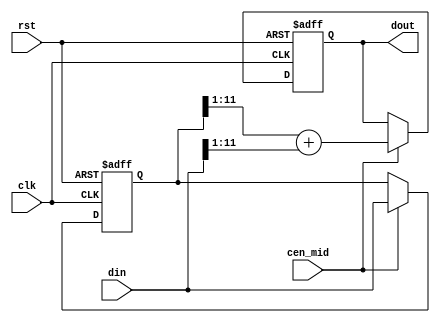
/*
  
   Multicore 2 / Multicore 2+
  
   Copyright (c) 2017-2020 - Victor Trucco

  
   All rights reserved
  
   Redistribution and use in source and synthezised forms, with or without
   modification, are permitted provided that the following conditions are met:
  
   Redistributions of source code must retain the above copyright notice,
   this list of conditions and the following disclaimer.
  
   Redistributions in synthesized form must reproduce the above copyright
   notice, this list of conditions and the following disclaimer in the
   documentation and/or other materials provided with the distribution.
  
   Neither the name of the author nor the names of other contributors may
   be used to endorse or promote products derived from this software without
   specific prior written permission.
  
   THIS CODE IS PROVIDED BY THE COPYRIGHT HOLDERS AND CONTRIBUTORS "AS IS"
   AND ANY EXPRESS OR IMPLIED WARRANTIES, INCLUDING, BUT NOT LIMITED TO,
   THE IMPLIED WARRANTIES OF MERCHANTABILITY AND FITNESS FOR A PARTICULAR
   PURPOSE ARE DISCLAIMED. IN NO EVENT SHALL THE AUTHOR OR CONTRIBUTORS BE
   LIABLE FOR ANY DIRECT, INDIRECT, INCIDENTAL, SPECIAL, EXEMPLARY, OR
   CONSEQUENTIAL DAMAGES (INCLUDING, BUT NOT LIMITED TO, PROCUREMENT OF
   SUBSTITUTE GOODS OR SERVICES; LOSS OF USE, DATA, OR PROFITS; OR BUSINESS
   INTERRUPTION) HOWEVER CAUSED AND ON ANY THEORY OF LIABILITY, WHETHER IN
   CONTRACT, STRICT LIABILITY, OR TORT (INCLUDING NEGLIGENCE OR OTHERWISE)
   ARISING IN ANY WAY OUT OF THE USE OF THIS SOFTWARE, EVEN IF ADVISED OF THE
   POSSIBILITY OF SUCH DAMAGE.
  
   You are responsible for any legal issues arising from your use of this code.
  
*//*  This file is part of JT5205.
    JT5205 program is free software: you can redistribute it and/or modify
    it under the terms of the GNU General Public License as published by
    the Free Software Foundation, either version 3 of the License, or
    (at your option) any later version.

    JT5205 program is distributed in the hope that it will be useful,
    but WITHOUT ANY WARRANTY; without even the implied warranty of
    MERCHANTABILITY or FITNESS FOR A PARTICULAR PURPOSE.  See the
    GNU General Public License for more details.

    You should have received a copy of the GNU General Public License
    along with JT5205.  If not, see <http://www.gnu.org/licenses/>.

    Author: Jose Tejada Gomez. Twitter: @topapate
    Version: 1.0
    Date: 30-12-2019 */

// Simple 2x interpolator
// Reduces HF content without altering too much the
// original sound

module jt5205_interpol2x(
    input                      rst,
    input                      clk,
    (* direct_enable *) input  cen_mid,
    input      signed [11:0]   din,
    output reg signed [11:0]   dout
);

reg signed [11:0] last;

always @(posedge clk, posedge rst) begin
    if(rst) begin
        last <= 12'd0;
        dout <= 12'd0;
    end else if(cen_mid) begin
        last <= din;
        dout <= (last>>>1)+(din>>>1);
    end
end

endmodule